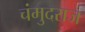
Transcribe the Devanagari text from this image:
चंमुदराज